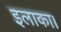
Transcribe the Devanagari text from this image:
इलाका।